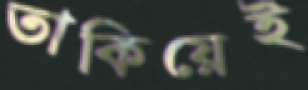
তাকিয়েই